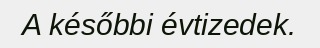
A későbbi évtizedek.